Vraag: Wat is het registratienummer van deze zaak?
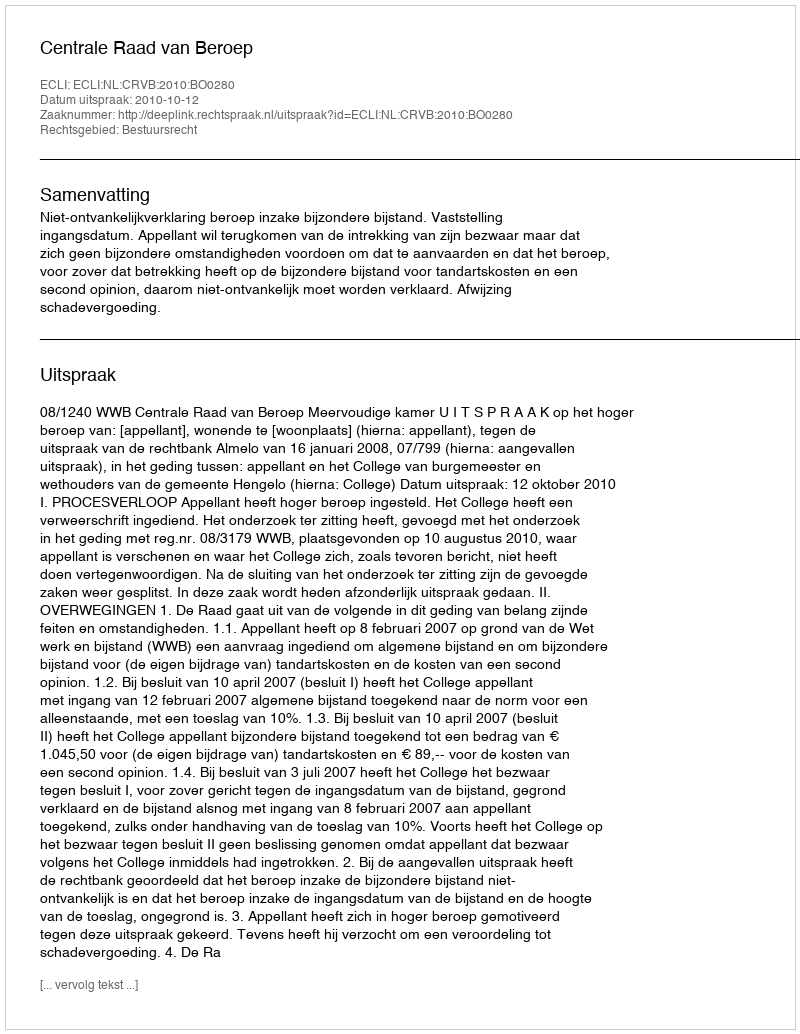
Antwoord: http://deeplink.rechtspraak.nl/uitspraak?id=ECLI:NL:CRVB:2010:BO0280